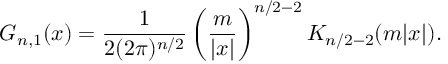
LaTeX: G _ { n , 1 } ( x ) = { \frac { 1 } { 2 ( 2 \pi ) ^ { n / 2 } } } \left( { \frac { m } { | x | } } \right) ^ { n / 2 - 2 } K _ { n / 2 - 2 } ( m | x | ) .